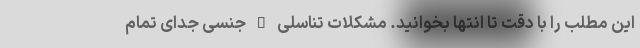
این مطلب را با دقت تا انتها بخوانید. مشکلات تناسلی – جنسی جدای تمام